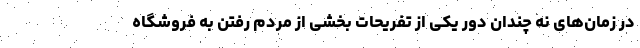
در زمان‌های نه چندان دور یکی از تفریحات بخشی از مردم رفتن به فروشگاه